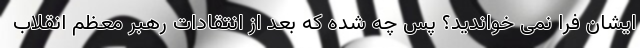
ایشان فرا نمی خواندید؟ پس چه شده که بعد از انتقادات رهبر معظم انقلاب